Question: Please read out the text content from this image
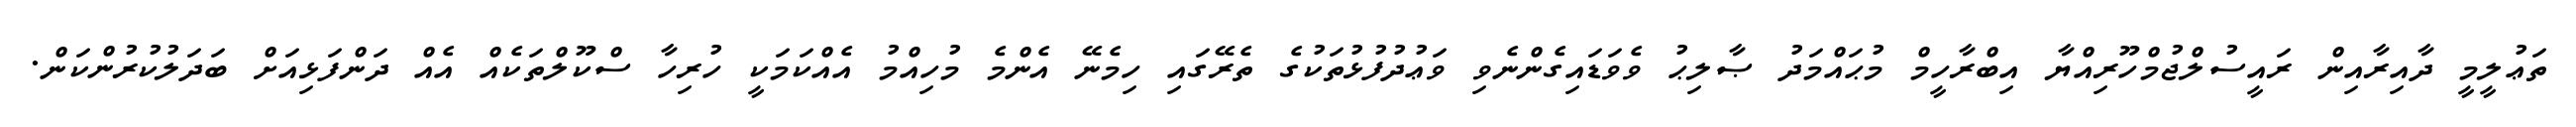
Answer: ތަޢުލީމީ ދާއިރާއިން ރައީސުލްޖުމްހޫރިއްޔާ އިބްރާހީމް މުޙައްމަދު ޞާލިޙު ވެވަޑައިގެންނެވި ވަޢުދުފުޅުތަކުގެ ތެރޭގައި ހިމެނޭ އެންމެ މުހިއްމު އެއްކަމަކީ ހުރިހާ ސްކޫލްތަކެއް އެއް ދަންފަޅިއަށް ބަދަލުކުރުންކަން.